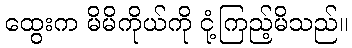
ထွေးက မိမိကိုယ်ကို ငုံ့ကြည့်မိသည်။